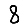
Digit: 8